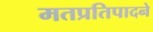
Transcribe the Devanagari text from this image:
मतप्रतिपादने